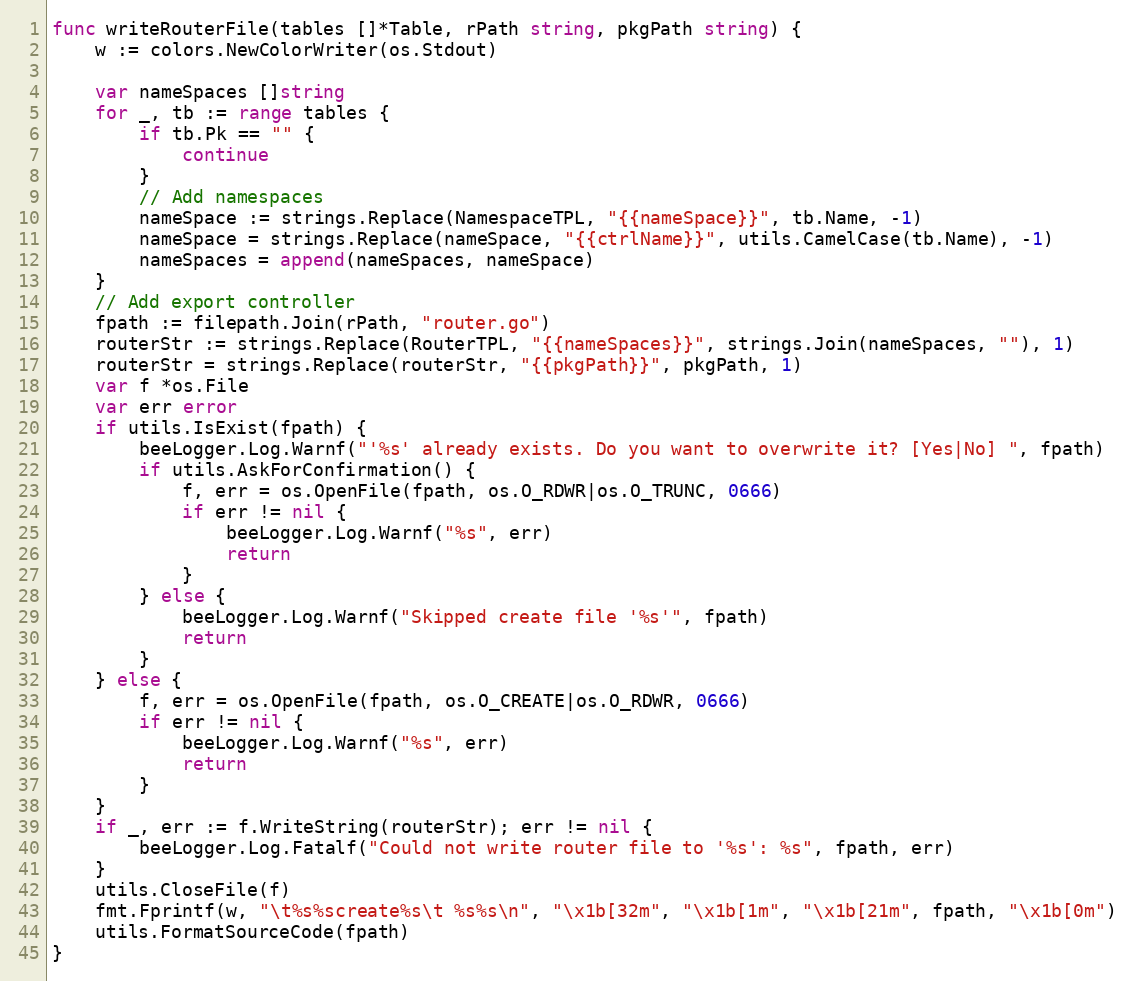
Language: Go
func writeRouterFile(tables []*Table, rPath string, pkgPath string) {
	w := colors.NewColorWriter(os.Stdout)

	var nameSpaces []string
	for _, tb := range tables {
		if tb.Pk == "" {
			continue
		}
		// Add namespaces
		nameSpace := strings.Replace(NamespaceTPL, "{{nameSpace}}", tb.Name, -1)
		nameSpace = strings.Replace(nameSpace, "{{ctrlName}}", utils.CamelCase(tb.Name), -1)
		nameSpaces = append(nameSpaces, nameSpace)
	}
	// Add export controller
	fpath := filepath.Join(rPath, "router.go")
	routerStr := strings.Replace(RouterTPL, "{{nameSpaces}}", strings.Join(nameSpaces, ""), 1)
	routerStr = strings.Replace(routerStr, "{{pkgPath}}", pkgPath, 1)
	var f *os.File
	var err error
	if utils.IsExist(fpath) {
		beeLogger.Log.Warnf("'%s' already exists. Do you want to overwrite it? [Yes|No] ", fpath)
		if utils.AskForConfirmation() {
			f, err = os.OpenFile(fpath, os.O_RDWR|os.O_TRUNC, 0666)
			if err != nil {
				beeLogger.Log.Warnf("%s", err)
				return
			}
		} else {
			beeLogger.Log.Warnf("Skipped create file '%s'", fpath)
			return
		}
	} else {
		f, err = os.OpenFile(fpath, os.O_CREATE|os.O_RDWR, 0666)
		if err != nil {
			beeLogger.Log.Warnf("%s", err)
			return
		}
	}
	if _, err := f.WriteString(routerStr); err != nil {
		beeLogger.Log.Fatalf("Could not write router file to '%s': %s", fpath, err)
	}
	utils.CloseFile(f)
	fmt.Fprintf(w, "\t%s%screate%s\t %s%s\n", "\x1b[32m", "\x1b[1m", "\x1b[21m", fpath, "\x1b[0m")
	utils.FormatSourceCode(fpath)
}